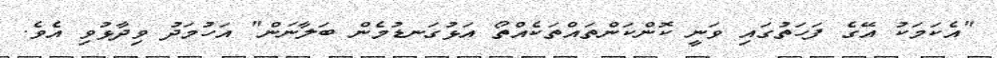
"އެކަމަކު އޭގެ ފަހަތުގައި ވަނީ ކޮންކަންތައްތަކެއްތޯ އަޅުގަނޑުމެން ބަލާނަން" އަހުމަދު ވިދާޅުވި އެވެ.